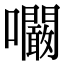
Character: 㘚